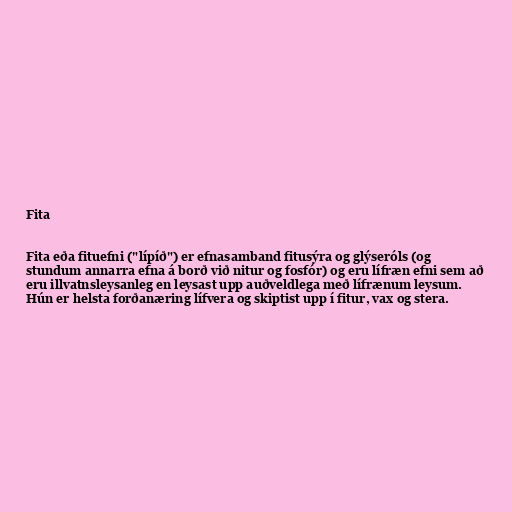
Fita

Fita eða fituefni ("lípíð") er efnasamband fitusýra og glýseróls (og
stundum annarra efna á borð við nitur og fosfór) og eru lífræn efni sem að
eru illvatnsleysanleg en leysast upp auðveldlega með lífrænum leysum.
Hún er helsta forðanæring lífvera og skiptist upp í fitur, vax og stera.